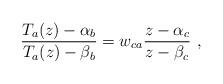
LaTeX: \begin{align*}\frac{T_a(z)-\alpha _b}{T_a(z)-\beta _b}=w_{ca}\frac{z-\alpha _c}{z-\beta _c}\ ,\end{align*}